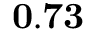
\mathbf { 0 . 7 3 }